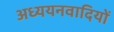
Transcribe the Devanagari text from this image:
अध्ययनवादियों